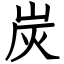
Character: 炭